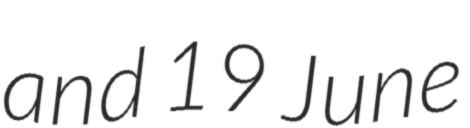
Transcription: and 19 June